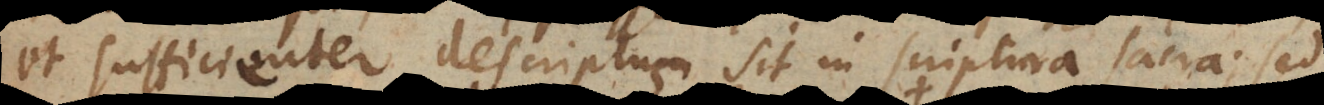
et sufficienter descriptus sit in scriptura sacra; sed